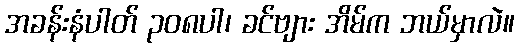
အခန်းနံပါတ် ၃၀၈ပါ၊ ခင်ဗျား အိမ်က ဘယ်မှာလဲ။